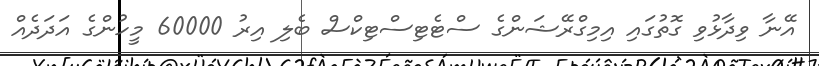
އޭނާ ވިދާޅުވި ގޮތުގައި އިމިގްރޭޝަންގެ ސްޓެޓިސްޓިކްސް ބެލި އިރު 60000 މީހުންގެ އަދަދެއް